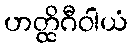
ဟတ္ထိဂီဝါယံ